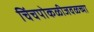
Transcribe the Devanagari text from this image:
चिंचपोकळीजवळच्या